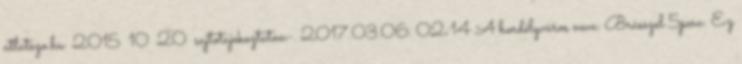
atlatszo.hu 2015 10 20 sajtotajekoztaton-. 2017.03.06. 02:14 A bordélyváros neve: Brüsszel 5perc: Ez